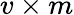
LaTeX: v\times m